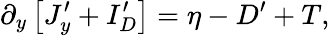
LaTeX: \partial_{y}\left[J_{y}^{\prime}+I_{D}^{\prime}\right]=\eta-D^{\prime}+T,